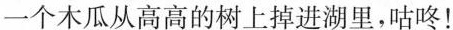
一个木瓜从高高的树上掉进湖里，咕咚！